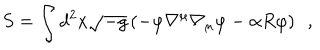
S = \int d ^ { 2 } x \sqrt { - g } \left( - \varphi \nabla ^ { \mu } \nabla _ { \mu } \varphi - \alpha R \varphi \right) \, \, \, ,